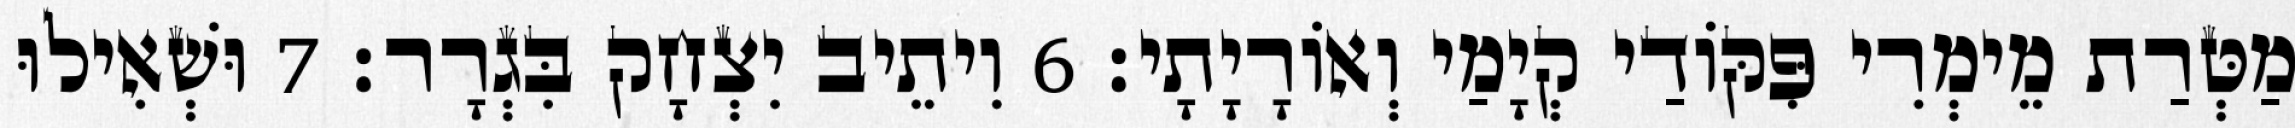
מַטְּרַת מֵימְרִי פִּקּוֹדַי קְיָמַי וְאוֹרָיָתָי׃ 6 וִיתֵיב יִצְחָק בִּגְרָר׃ 7 וּשְׁאִילוּ